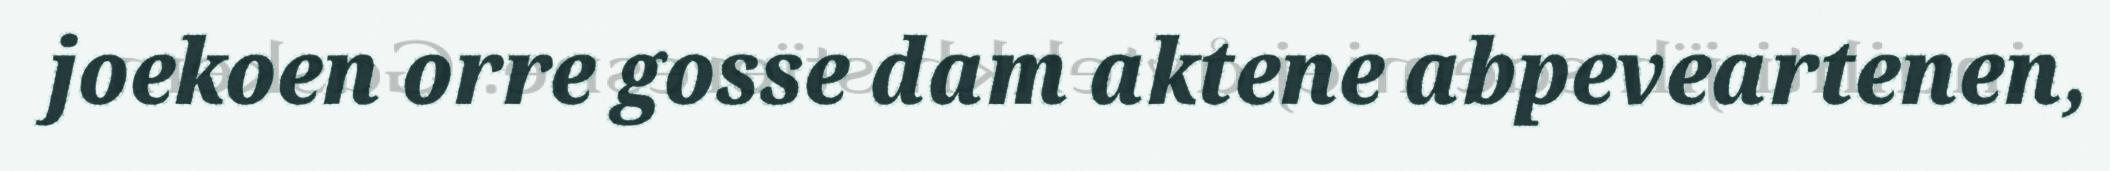
joekoen orre gosse dam aktene abpeveartenen,